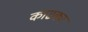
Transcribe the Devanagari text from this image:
काढकर